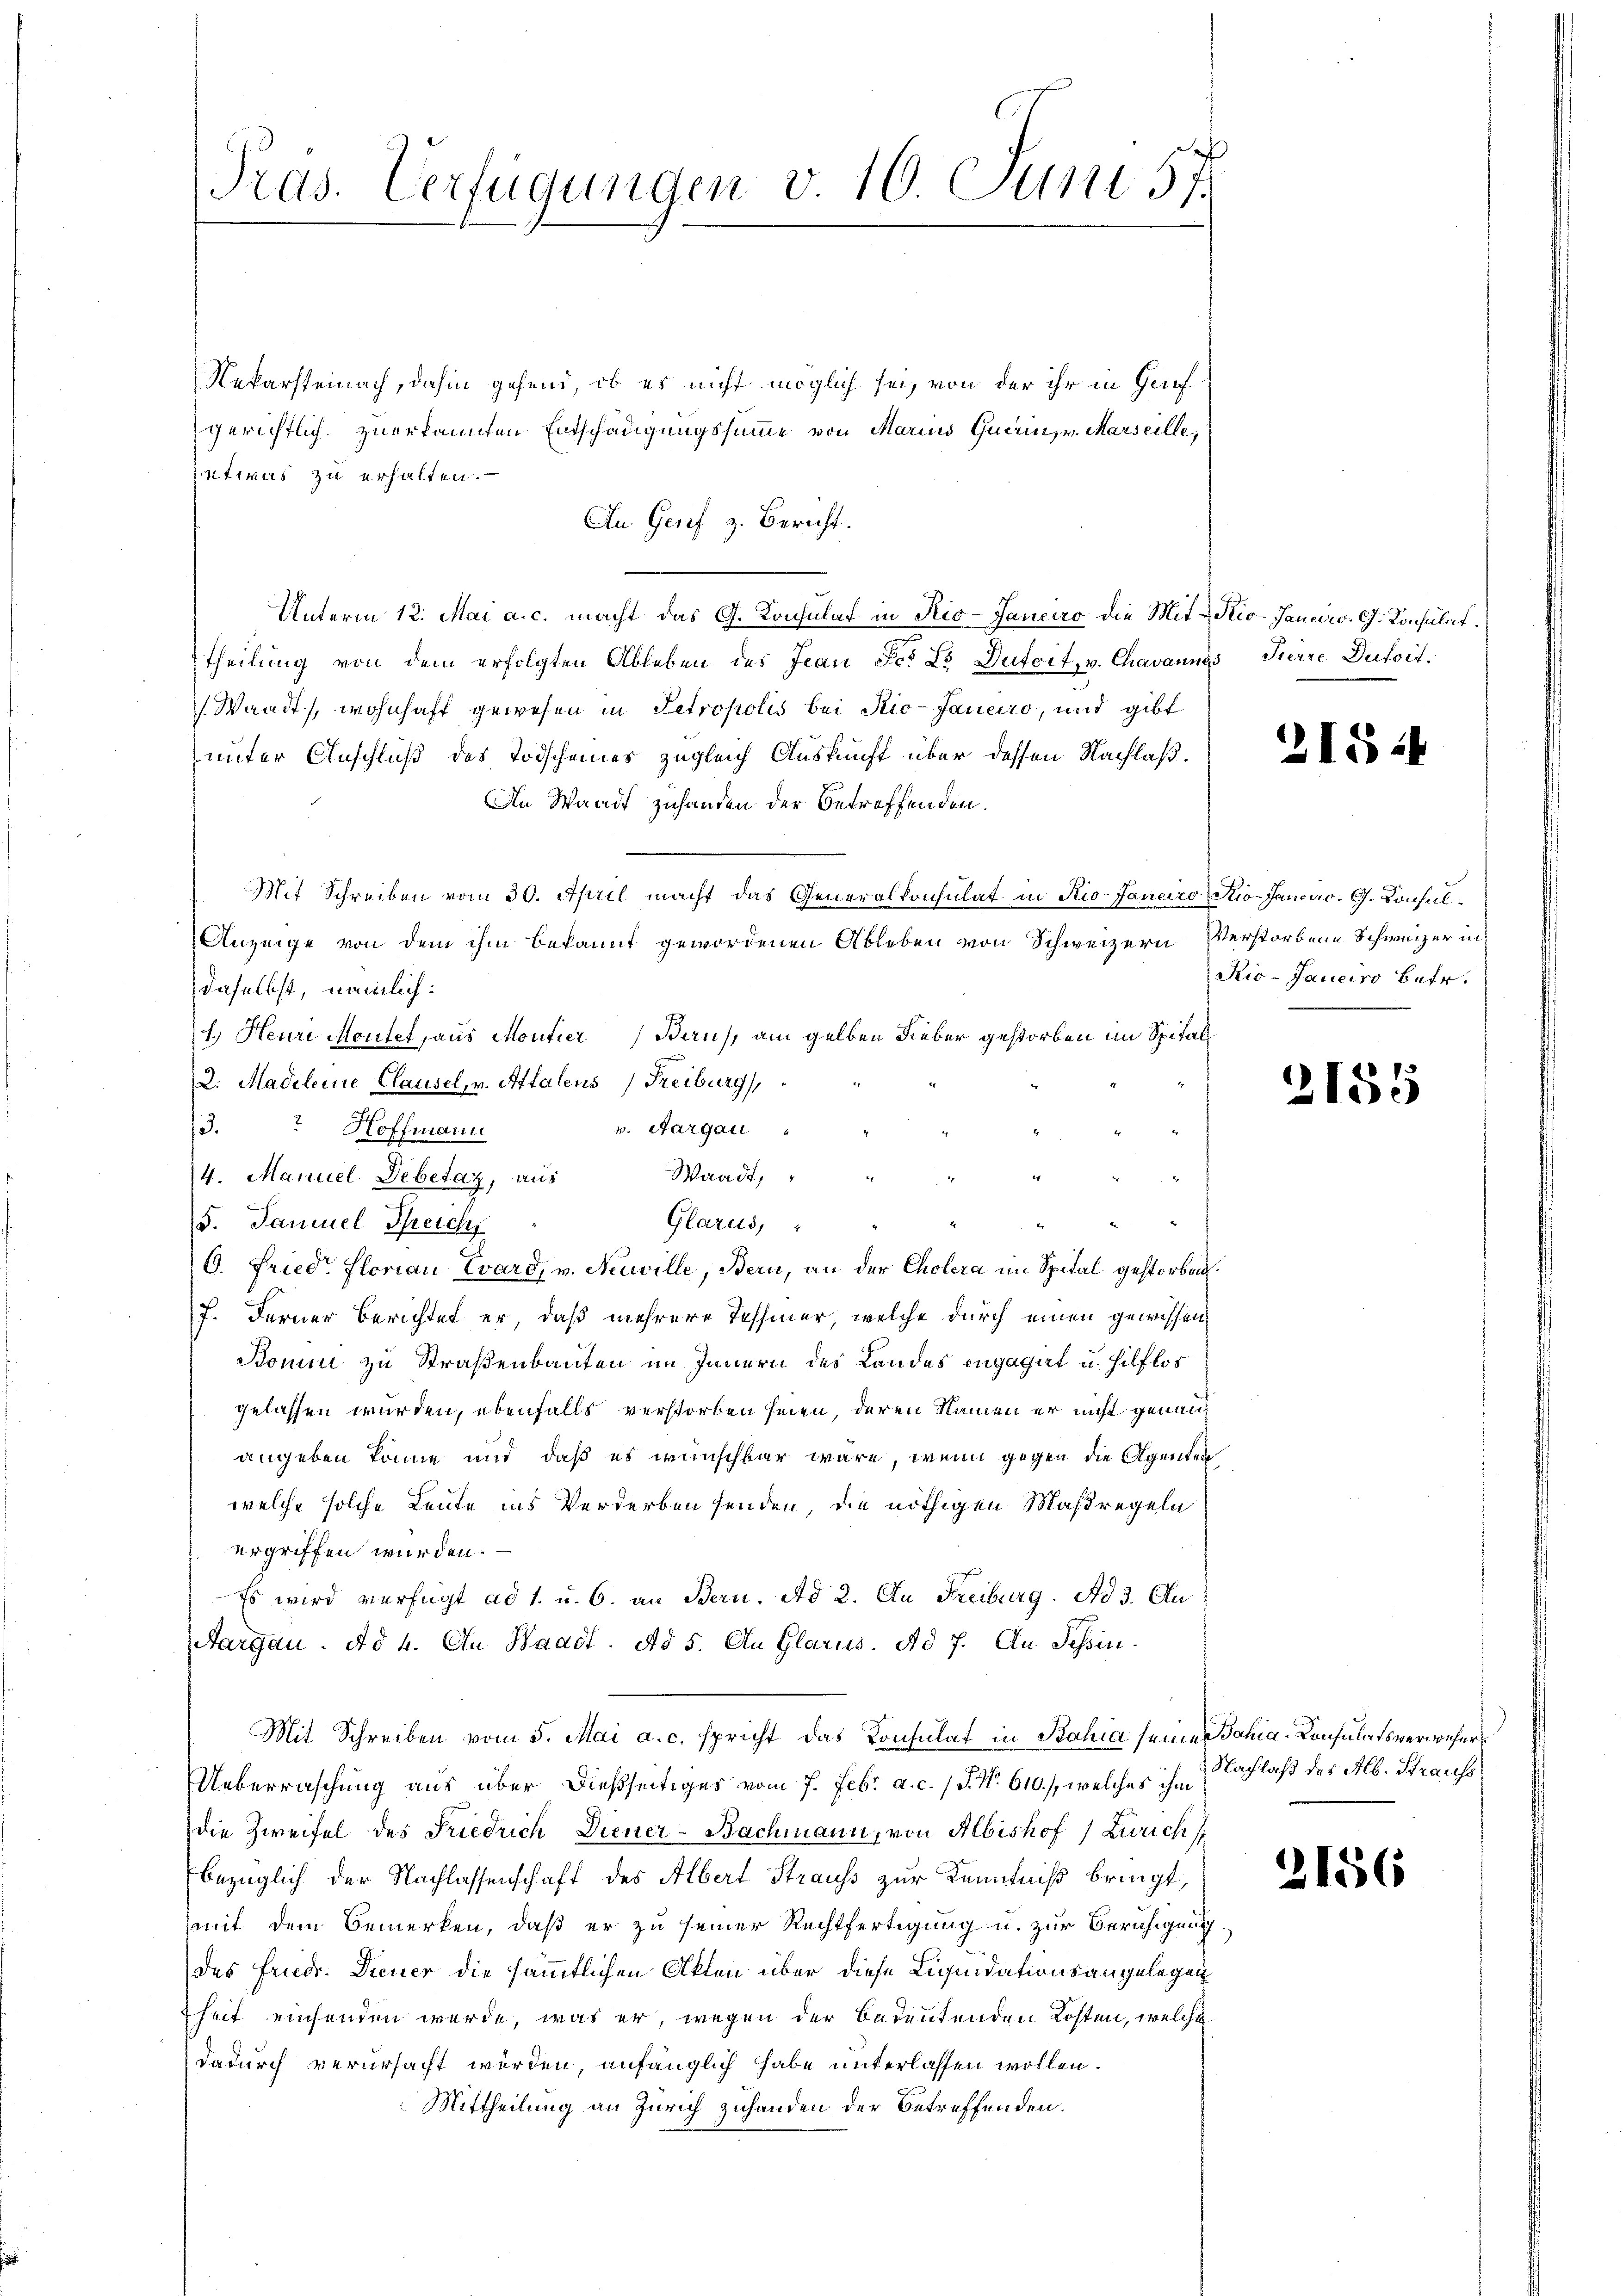
Pras. Verfügungen v 10. Juni 57.

Rekarsteinach, dahin gehend, ob es nicht möglich sei, von der ihr in Gruf
gerichtlich zuerkannten Entschängungssumme von Marius Querin, v. Marseille,
ntwas zu erhalten.
An Genf z. Bericht.
theilung von dem erfolgten Ableben des Jean Fr. 2 Dutoit, v. Chavannes Tierre Dutoit.
Waadt, wohnhaft gewesen in Petropolis bei Rio-Janeiro, und gibt
unter Anschluß des Todscheines zugleich Auskunft über dessen Nachlaß¬
An Waadt zuhanden der betreffenden.
Mit Schreiben vom 30. April macht das Generalkonsulat in Rio-Jancico (Stio-Jancac. G. Konsul
Anzeige von dem ihm bekannt gewordenen Ableben von Schweizern Verstorbene Schweizer in
daselbst, nämlich:
1. Heure Montel, aus Montier
Bern, am gelben Fieber gestorben im Spital¬
2. Madelene Clausel, v. Attalens (Freiburg,
v. Aargau
3. Hoffmann
Waadt,
14. Manuel Debetaz, aus
Glarus,
5. Samuel Streich
6. Friedr. Florian Evard, v. Neuville, Bern, an der Cholera im Spital gestorben.
7. Ferner Berichtet er, daß mehrere Tessiner, welche durch einen gewissen,
Bomni zu Straßenbauten im Innern des Landes engagirt u. Hilflos
gelassen wurden, ebenfalls verstorben seien, deren Namen er nicht genann
angeben könne und daß es wünschbar wäre, wenn gegen die Agenten
welche solche Leute ins Verderben senden, die nöthigen Maßregeln
ergriffen wurden.
Es wird verfügt ad 1. u. 6. an Bern. Ad 2. Au Freiburg. Ad 3. Au
Aargau. Ad 4. An Waadt. Ad 5. An Glarus. Ad 7. An Schin¬
Mit Schreiben vom 5. Mai a. c. spricht das Konsulat in Bahia seines Jahia-Consulatsverwehers
UUeberraschung aus über dießseitiges vom 7. Febr. a. c. 1 S. Nr. 610., welches ihm
die Zweifel des Friedrich Diener-Bachmann, von Albishof / Zürich
bezüglich der Nachlassenschaft des Albert Strauss zur Kenntniß bringt,
mit dem Bemerken, daß er zu seiner Rechtfertigung u. zur Beruhigung
des Friedr. Diener die sämmtlichen Akten über diese Liquidationsangelegen
heit einsenden werde, was er, wegen der Bedeutenden Kosten, welches
dadurch verursacht werden, anfänglich habe unterlassen wollen.
Mittheilung an Zürich zuhanden der Betreffenden.

Unterm 12. Mai a. c. macht das G. Konsulat in Rio-Ganciro die Mit-Kio-Janeir. G. Konsulat

2154

Rio-Janeiro betr.

2155

Nachlaß des Alb. Straufs

2156